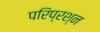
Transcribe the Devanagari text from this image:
परिप्रश्न